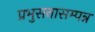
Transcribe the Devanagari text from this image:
प्रभुसत्तासम्पन्न